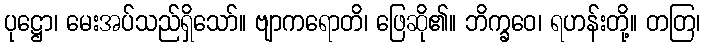
ပုဋ္ဌော၊ မေးအပ်သည်ရှိသော်။ ဗျာကရောတိ၊ ဖြေဆို၏။ ဘိက္ခဝေ၊ ရဟန်းတို့။ တတြ၊